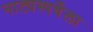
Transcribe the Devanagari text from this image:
नाट्यस्पर्धेला